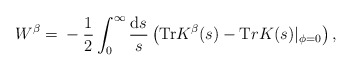
\begin{align*}W^{\beta}= \mbox{}-\frac1{2} \int_0^{\infty} \frac{\mathrm{d} s}{s} \left( {\mathrm{Tr}} K^{\beta} (s) - {\mathrm Tr} K (s)|_{\phi=0} \right), \end{align*}